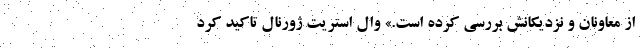
از معاونان و نزدیکانش بررسی کرده است.» وال استریت ژورنال تاکید کرد